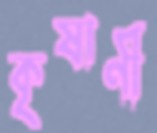
কৃষাণী